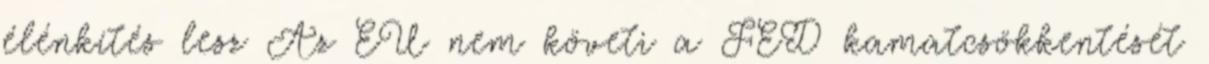
élénkítés lesz Az EU nem követi a FED kamatcsökkentését